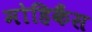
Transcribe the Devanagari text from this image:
मोहिकैंस